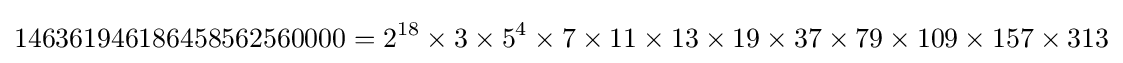
146361946186458562560000=2^{18}\times 3\times 5^{4}\times 7\times 11\times 13\times 19\times 37\times 79\times 109\times 157\times 313